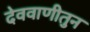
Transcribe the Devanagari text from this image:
देववाणीतुन